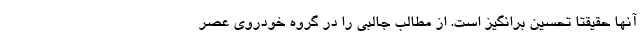
آنها حقیقتا تحسین برانگیز است. از مطالب جالبی را در گروه خودروی عصر